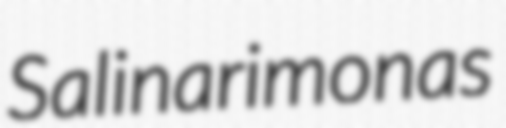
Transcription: Salinarimonas